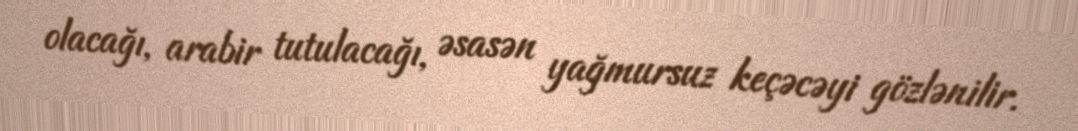
olacağı, arabir tutulacağı, əsasən yağmursuz keçəcəyi gözlənilir.